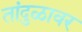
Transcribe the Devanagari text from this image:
तांदुळावर